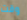
وقت